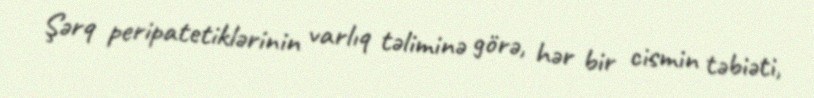
Şərq peripatetiklərinin varlıq təliminə görə, hər bir cismin təbiəti,